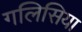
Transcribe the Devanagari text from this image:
गलिसिया